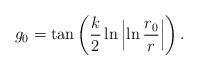
LaTeX: \begin{align*}g_0 = \tan\left(\frac{k}{2}\ln\left|\ln\frac{r_0}{r}\right|\right).\end{align*}